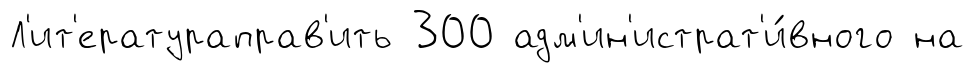
Л'ит'ератураправ'ить 300 адм'ин'истрат'и́вного на